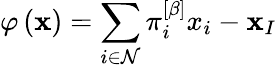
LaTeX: \varphi\left(\mathbf{x}\right)=\sum_{i\in\mathcal{N}}\pi_{i}^{\left[\beta\right]}x_{i}-\mathbf{x}_{I}